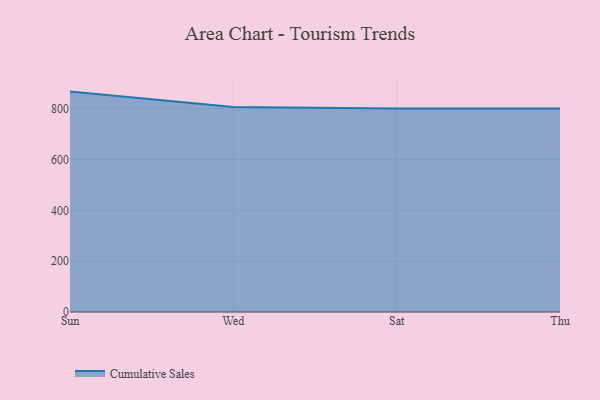
{"axis": {"x": "Day", "y": "Budget (USD K)"}, "legend": ["Cumulative Sales"], "data": [{"x": "Sun", "y": 866.9, "type": "Cumulative Sales"}, {"x": "Wed", "y": 806.1, "type": "Cumulative Sales"}, {"x": "Sat", "y": 800, "type": "Cumulative Sales"}, {"x": "Thu", "y": 800, "type": "Cumulative Sales"}]}